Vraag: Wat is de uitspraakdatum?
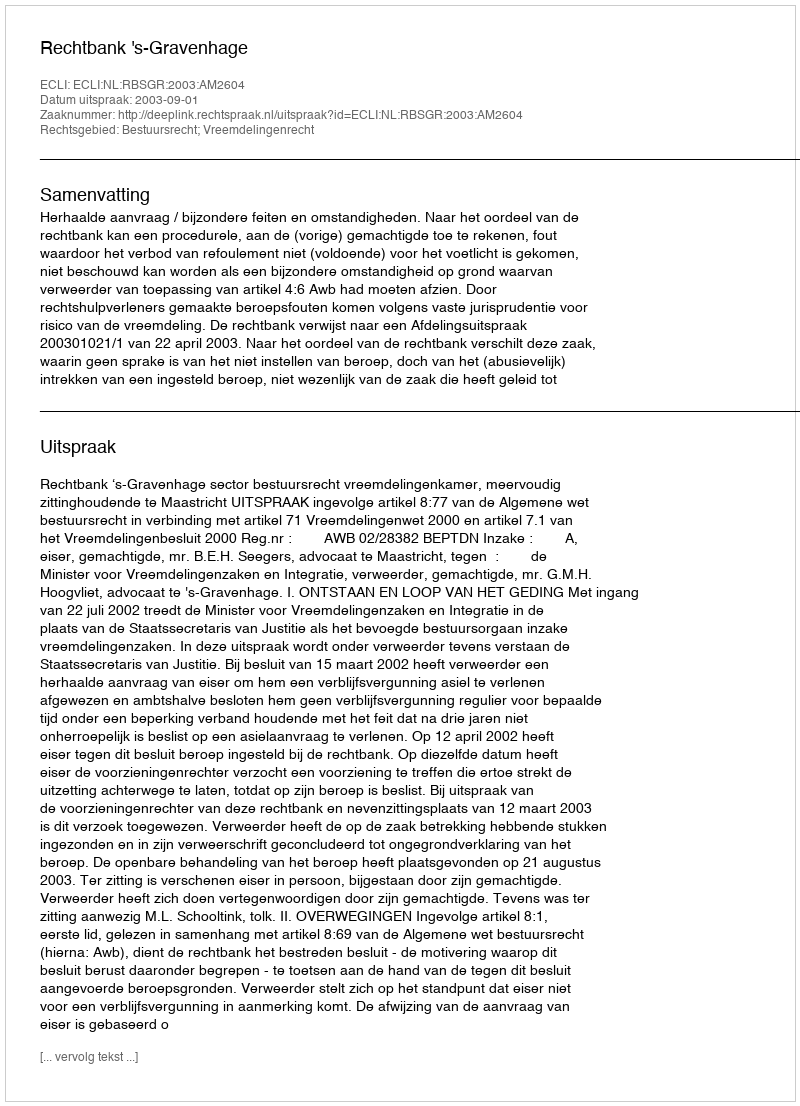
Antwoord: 2003-09-01